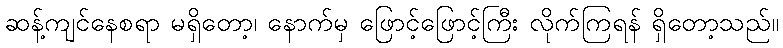
ဆန့်ကျင်နေစရာ မရှိတော့၊ နောက်မှ ဖြောင့်ဖြောင့်ကြီး လိုက်ကြရန် ရှိတော့သည်။